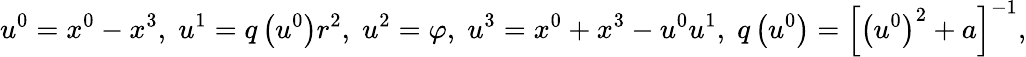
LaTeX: u^{0}=x^{0}-x^{3},\; u^{1}=q\left(u^{0}\right)r^{2},\; u^{2}=\varphi,\; u^{3}=x^{0}+x^{3}-u^{0}u^{1},\; q\left(u^{0}\right)=\left[\left(u^{0}\right)^{2}+a\right]^{-1},